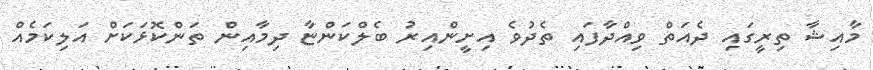
މާއިޝާ ތިރީގައި ދެއަތް ވިއްދާފައި ތެދުވެ އިށީންއިރު ބެލްކަންޏާ ދިމާއިން ތަންކޮޅަކަށް އަލިކަމެއް